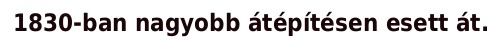
1830-ban nagyobb átépítésen esett át.